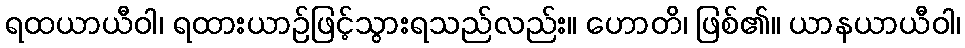
ရထယာယီဝါ၊ ရထားယာဉ်ဖြင့်သွားရသည်လည်း။ ဟောတိ၊ ဖြစ်၏။ ယာနယာယီဝါ၊